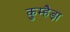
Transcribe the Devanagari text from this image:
कुम्हैड़ा